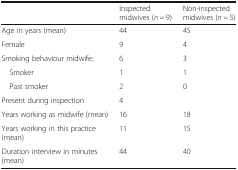
<table><thead><tr><td></td><td><b>Inspected midwives (<i>n =</i> 9)</b></td><td><b>Non-inspected midwives (<i>n =</i> 5)</b></td></tr></thead><tbody><tr><td>Age in years (mean)</td><td>44</td><td>45</td></tr><tr><td>Female</td><td>9</td><td>4</td></tr><tr><td>Smoking behaviour midwife:</td><td>6</td><td>3</td></tr><tr><td> Smoker</td><td>1</td><td>1</td></tr><tr><td> Past smoker</td><td>2</td><td>0</td></tr><tr><td>Present during inspection</td><td>4</td><td></td></tr><tr><td>Years working as midwife (mean)</td><td>16</td><td>18</td></tr><tr><td>Years working in this practice (mean)</td><td>11</td><td>15</td></tr><tr><td>Duration interview in minutes (mean)</td><td>44</td><td>40</td></tr></tbody></table>